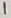
Text: 1